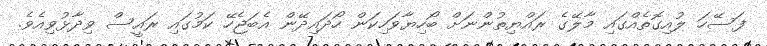
ފަސޭހަ ލުއިގޮތެއްގައި މާލޭގެ ރައްޔިތުންނަށް ބޯހިޔާވަހިކަން ހޯދައިދޭން އެބަޖެހޭ ކަމުގައި ރައީސް ވިދާޅުވިިއެވެ.